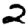
Digit: 2